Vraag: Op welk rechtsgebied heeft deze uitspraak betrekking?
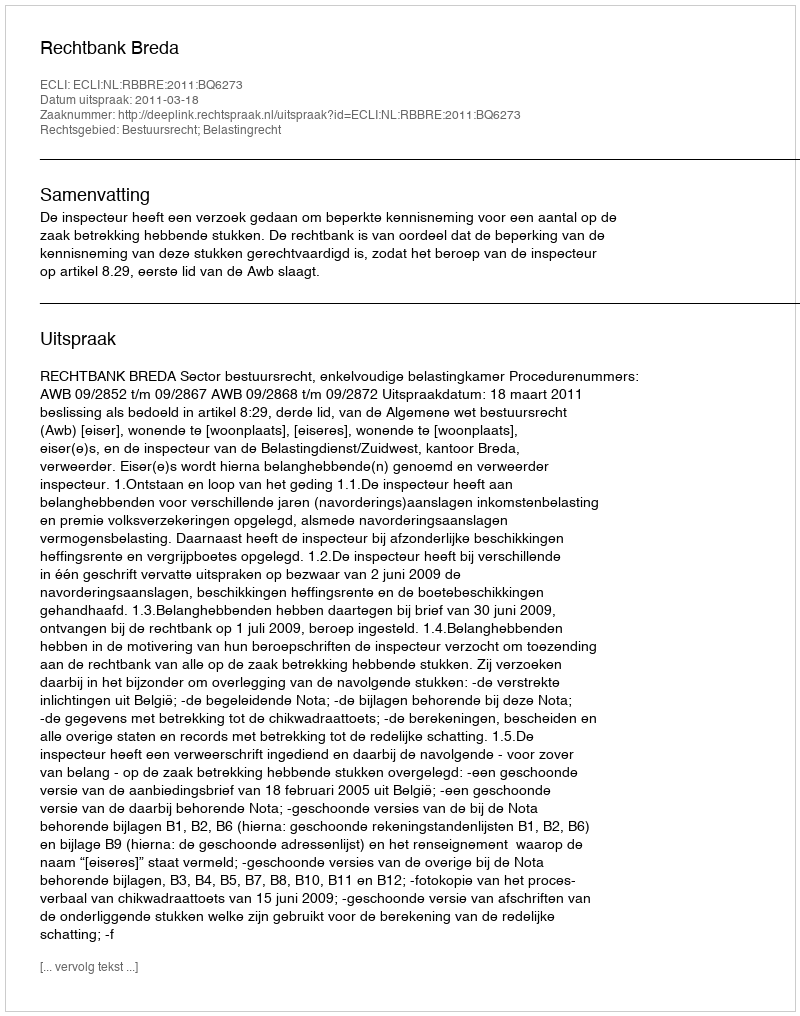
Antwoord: Bestuursrecht; Belastingrecht